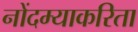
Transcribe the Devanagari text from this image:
नोंदम्याकरिता